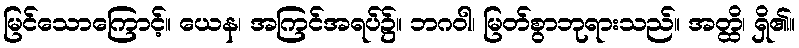
မြင်သောကြောင့်။ ယေန၊ အကြင်အရပ်၌။ ဘဂဝါ၊ မြတ်စွာဘုရားသည်။ အတ္ထိ၊ ရှိ၏။